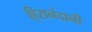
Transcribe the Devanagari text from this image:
हि्रानंदानी